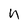
Character: n